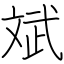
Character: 斌